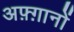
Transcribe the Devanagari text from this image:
अफ़्ग़ानों